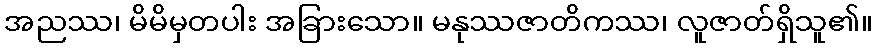
အညဿ၊ မိမိမှတပါး အခြားသော။ မနုဿဇာတိကဿ၊ လူဇာတ်ရှိသူ၏။